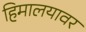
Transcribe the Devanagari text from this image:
हिमालयावर